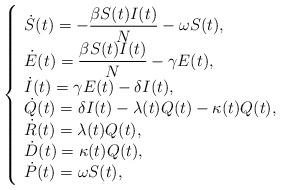
LaTeX: \begin{align*} \left\{\begin{array}{l l}\dot{S}(t) = - \dfrac{\beta S(t) I(t)}{N}-\omega S(t), \\\dot{E}(t) = \dfrac{\beta S(t) I(t)}{N} - \gamma E(t), \\\dot{I}(t) = \gamma E(t)-\delta I(t), \\\dot{Q}(t) = \delta I(t)-\lambda(t) Q(t)-\kappa(t) Q(t), \\\dot{R}(t) = \lambda(t) Q(t), \\\dot{D}(t) = \kappa(t) Q(t), \\\dot{P}(t) = \omega S(t), \\\end{array}\right.\end{align*}